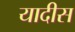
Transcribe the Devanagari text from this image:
यादीस